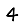
Digit: 4